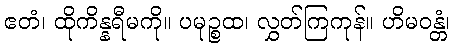
ဧတံ၊ ထိုကိန္နရီမကို။ ပမုဉ္စထ၊ လွှတ်ကြကုန်။ ဟိမဝန္တံ၊